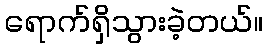
ရောက်ရှိသွားခဲ့တယ်။